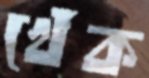
খেঁক